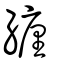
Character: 纏